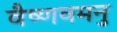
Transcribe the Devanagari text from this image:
वैष्णवमनु